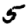
Digit: 5